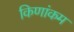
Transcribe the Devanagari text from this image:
किणांकम